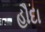
હૌદા